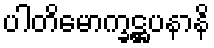
ပါတိမောက္ခဋ္ဌပနာနိ